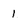
Character: 1